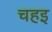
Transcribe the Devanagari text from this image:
चहइ